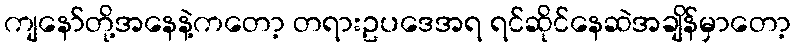
ကျနော်တို့အနေနဲ့ကတော့ တရားဥပဒေအရ ရင်ဆိုင်နေဆဲအချိန်မှာတော့